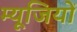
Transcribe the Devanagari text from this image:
म्यूजियों